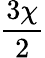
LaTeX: \frac{3\chi}{2}